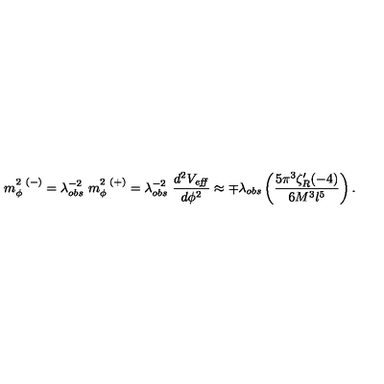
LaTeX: m _ { \phi } ^ { 2 \ ( - ) } = \lambda _ { o b s } ^ { - 2 } \ m _ { \phi } ^ { 2 \ ( + ) } = \lambda _ { o b s } ^ { - 2 } \ { \frac { d ^ { 2 } V _ { \mathrm { \footnotesize \it e f f } } } { d \phi ^ { 2 } } } \approx \mp \lambda _ { o b s } \left( { \frac { 5 \pi ^ { 3 } \zeta _ { R } ^ { \prime } ( - 4 ) } { 6 M ^ { 3 } l ^ { 5 } } } \right) .